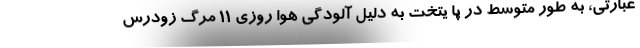
عبارتی، به طور متوسط در پا یتخت به دلیل آلودگی هوا روزی ۱۱ مرگ زودرس